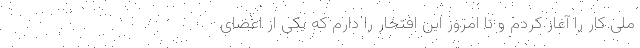
ملی کار را آغاز کردم و تا امروز این افتخار را دارم که یکی از اعضای